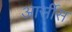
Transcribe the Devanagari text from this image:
आर्सीस